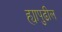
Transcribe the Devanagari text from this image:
ह्यापुढील